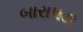
બારાપડા